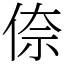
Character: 倷